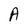
Character: A